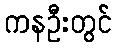
ကနဦးတွင်